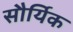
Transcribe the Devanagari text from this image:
सौर्यिक